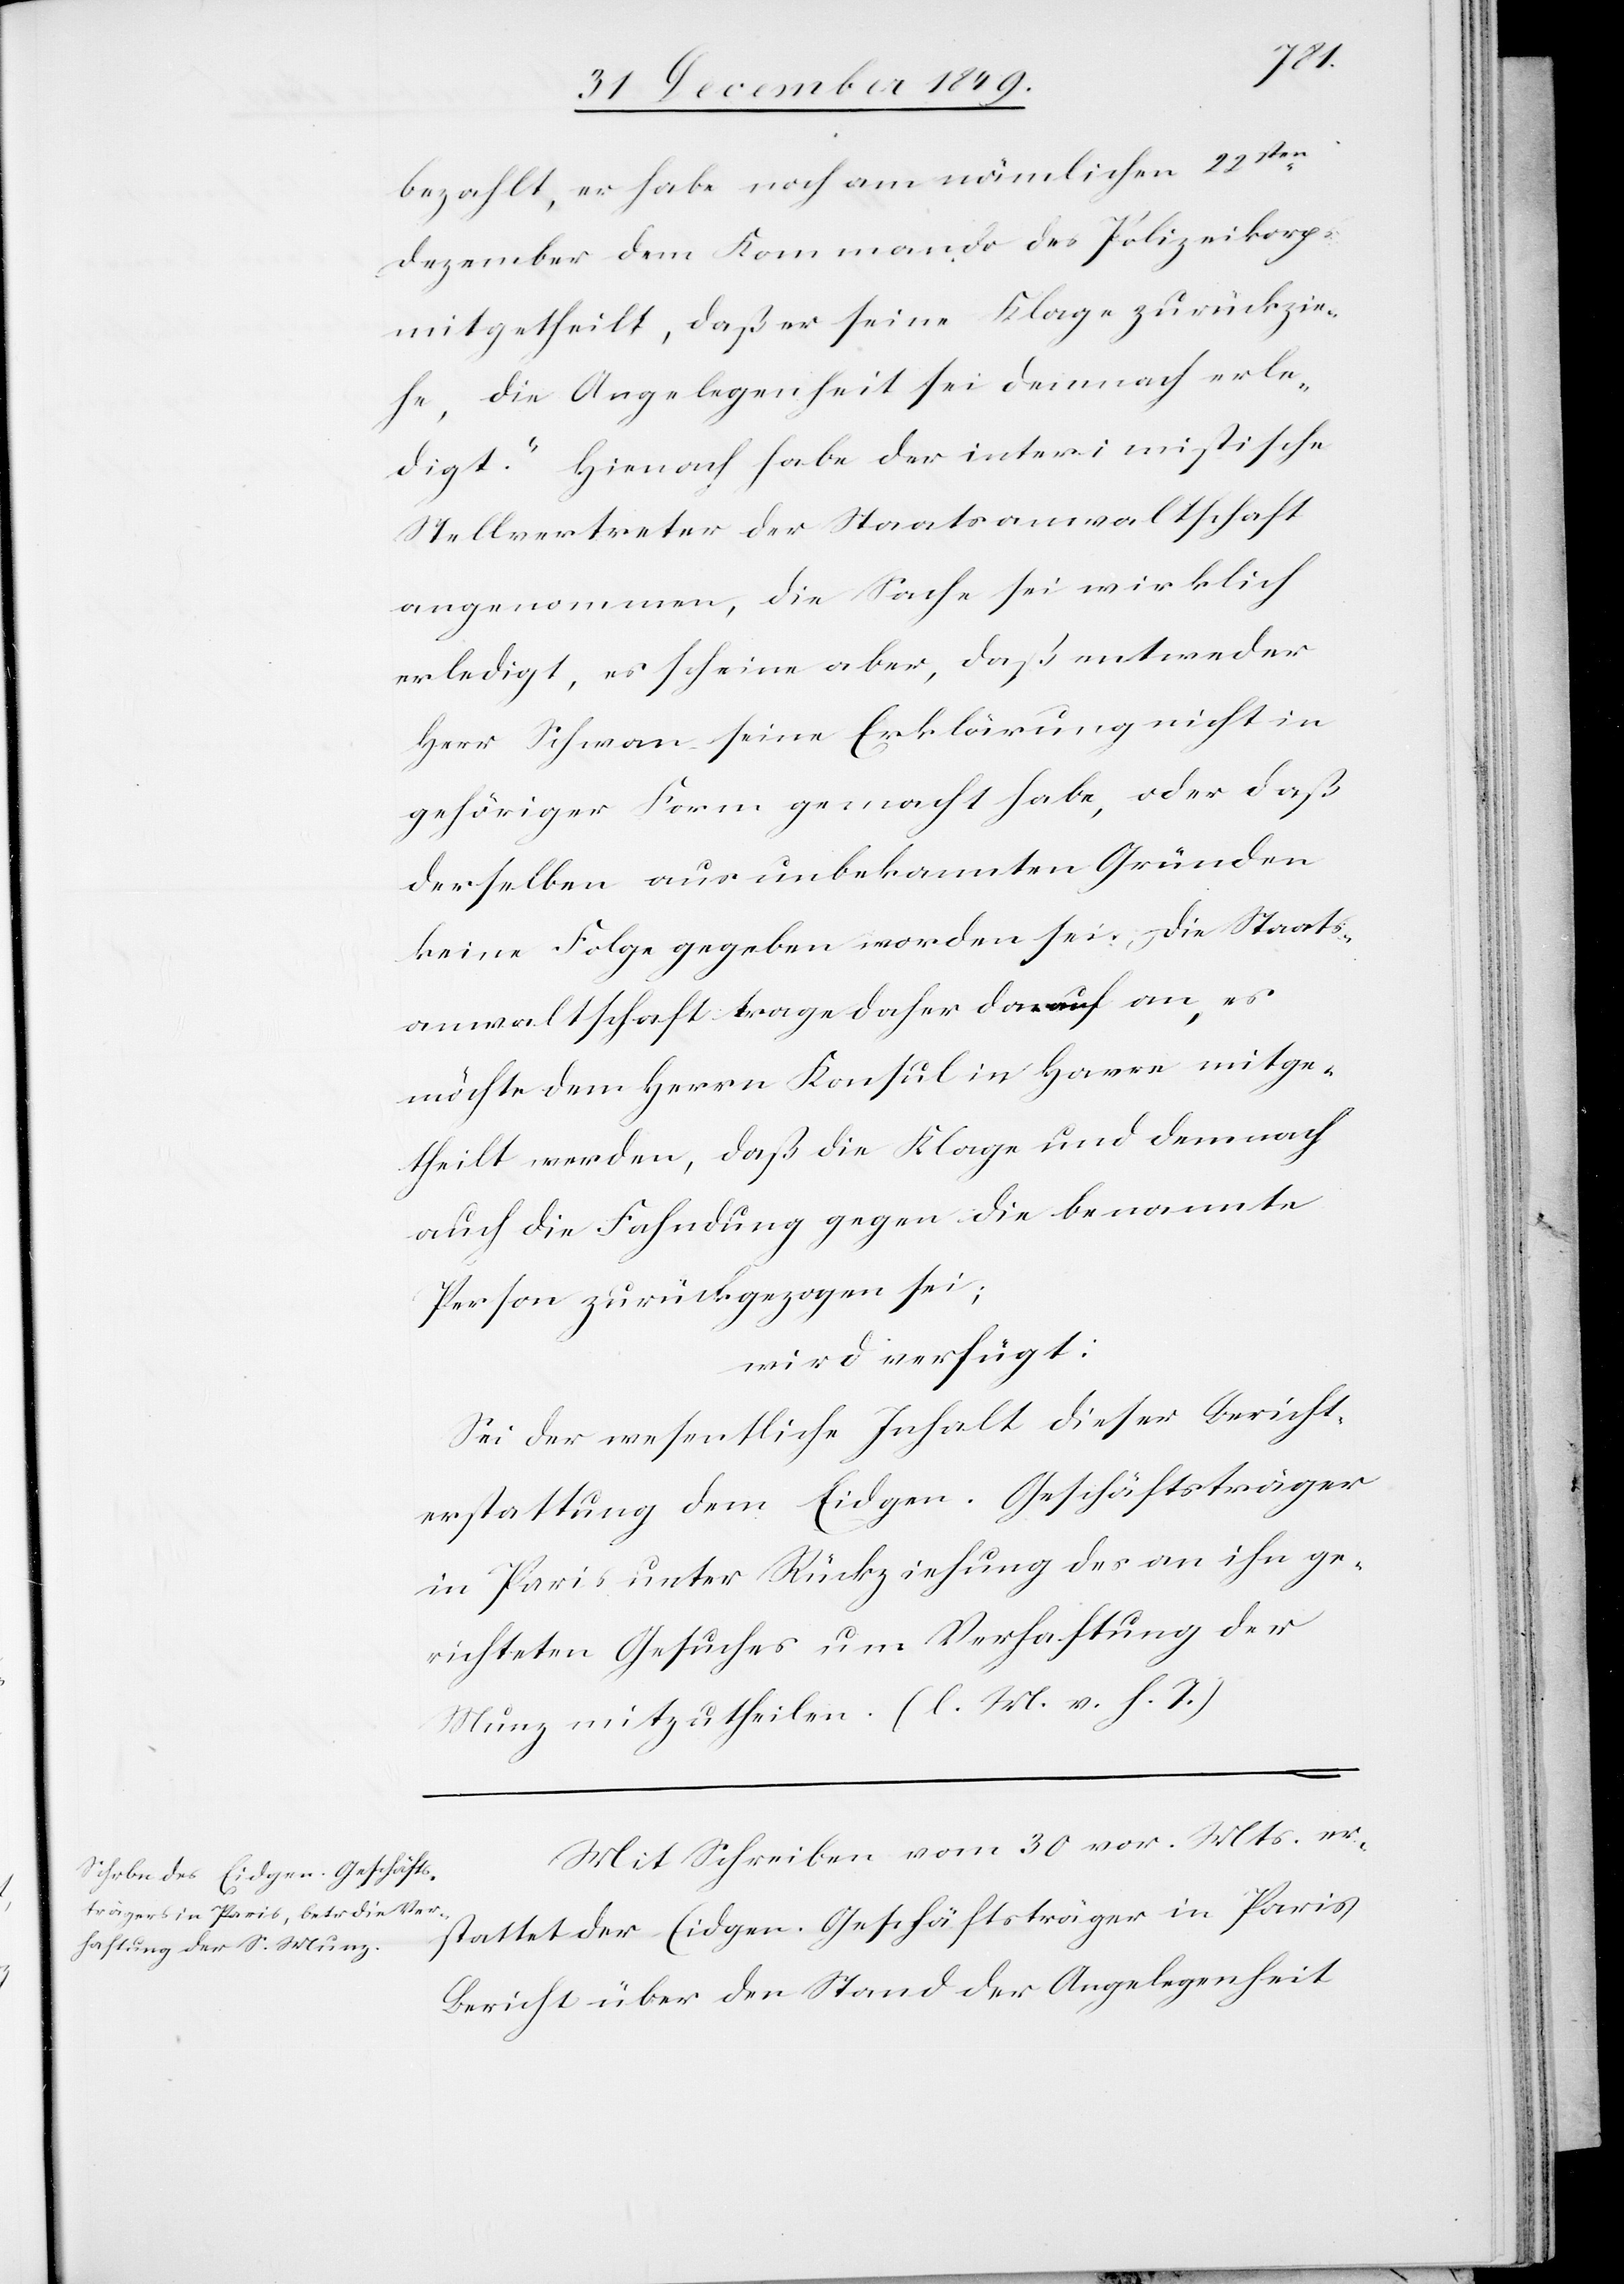
bezahlt, er habe noch am nämlichen 22sten
Dezember dem Kommando des Polizeikorps
mitgetheilt, daß er seine Klage zurückzie¬
he, die Angelegenheit sei demnach erle¬
digt.“ Hienach habe der interimistische
Stellvertreter der Staatsanwaltschaft
angenommen, die Sache sei wirklich
erledigt, es scheine aber, daß entweder
Herr Schwan seine Erklärung nicht in
gehöriger Form gemacht habe, oder daß
derselben aus unbekannten Gründen
keine Folge gegen worden sei; Die Staats¬
anwaltschaft trage daher darauf an, es
möchte dem Herrn Konsul in Havre mitge¬
theilt werden, daß die Klage und demnach
auch die Fahndung gegen die benannte
Person zurückgezogen sei;
wird verfügt:
Sei der wesentliche Inhalt dieser Bericht¬
erstattung dem Eidgen. Geschäftsträger
in Paris unter Rückziehung des an ihn ge¬
richteten Gesuches um verhaftung der
Munz mitzutheilen. [l. M. v. h. T]
Mit Schreiben vom 30 vor. Mts. er¬
stattet der Eidgen. Geschäftsträger in Paris
Bericht über den Stand der Angelegenheit